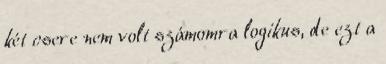
két csere nem volt számomra logikus, de ezt a